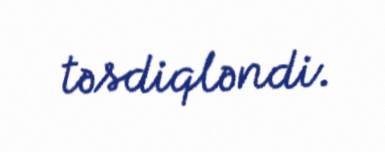
təsdiqləndi.